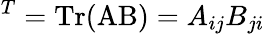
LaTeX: ^T=\textup{Tr}(\textup{AB})=A_{ij}B_{ji}